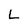
Character: L